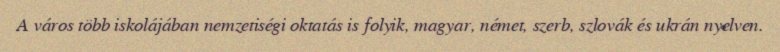
A város több iskolájában nemzetiségi oktatás is folyik, magyar, német, szerb, szlovák és ukrán nyelven.